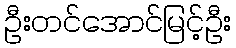
ဦးတင်အောင်မြင့်ဦး